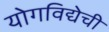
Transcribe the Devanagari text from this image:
योगविद्येची